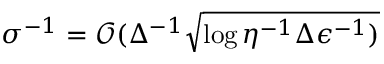
\sigma ^ { - 1 } = \mathcal { O } ( \Delta ^ { - 1 } \sqrt { \log { \eta ^ { - 1 } \Delta \epsilon ^ { - 1 } ) } }